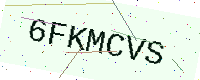
Text: 6FKMCVS